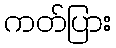
ကတ်ပြား